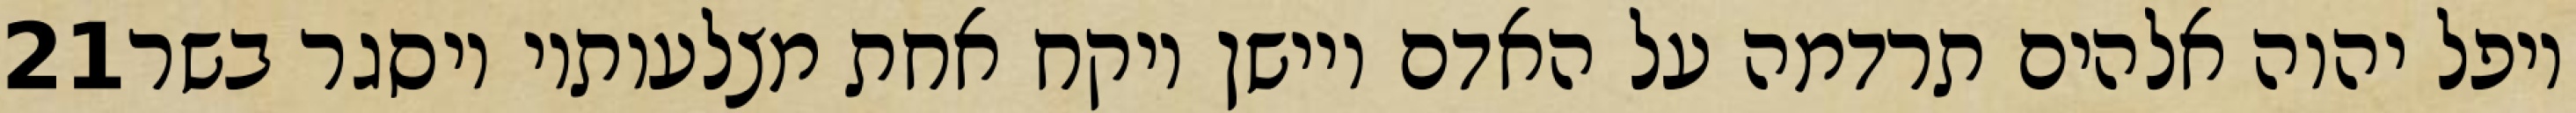
‎21‏ ויפל יהוה אלהים תרדמה על האדם ויישן ויקח אחת מצלעותיו ויסגר בשר